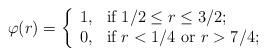
LaTeX: \begin{align*} \varphi (r) = \left\{\begin{array}{ll} 1, & \hbox{if $1/2 \leq r \leq 3/2$;}\\ 0, & \hbox{if $r<1/4$ or $r>7/4$;} \end{array}\right.\end{align*}